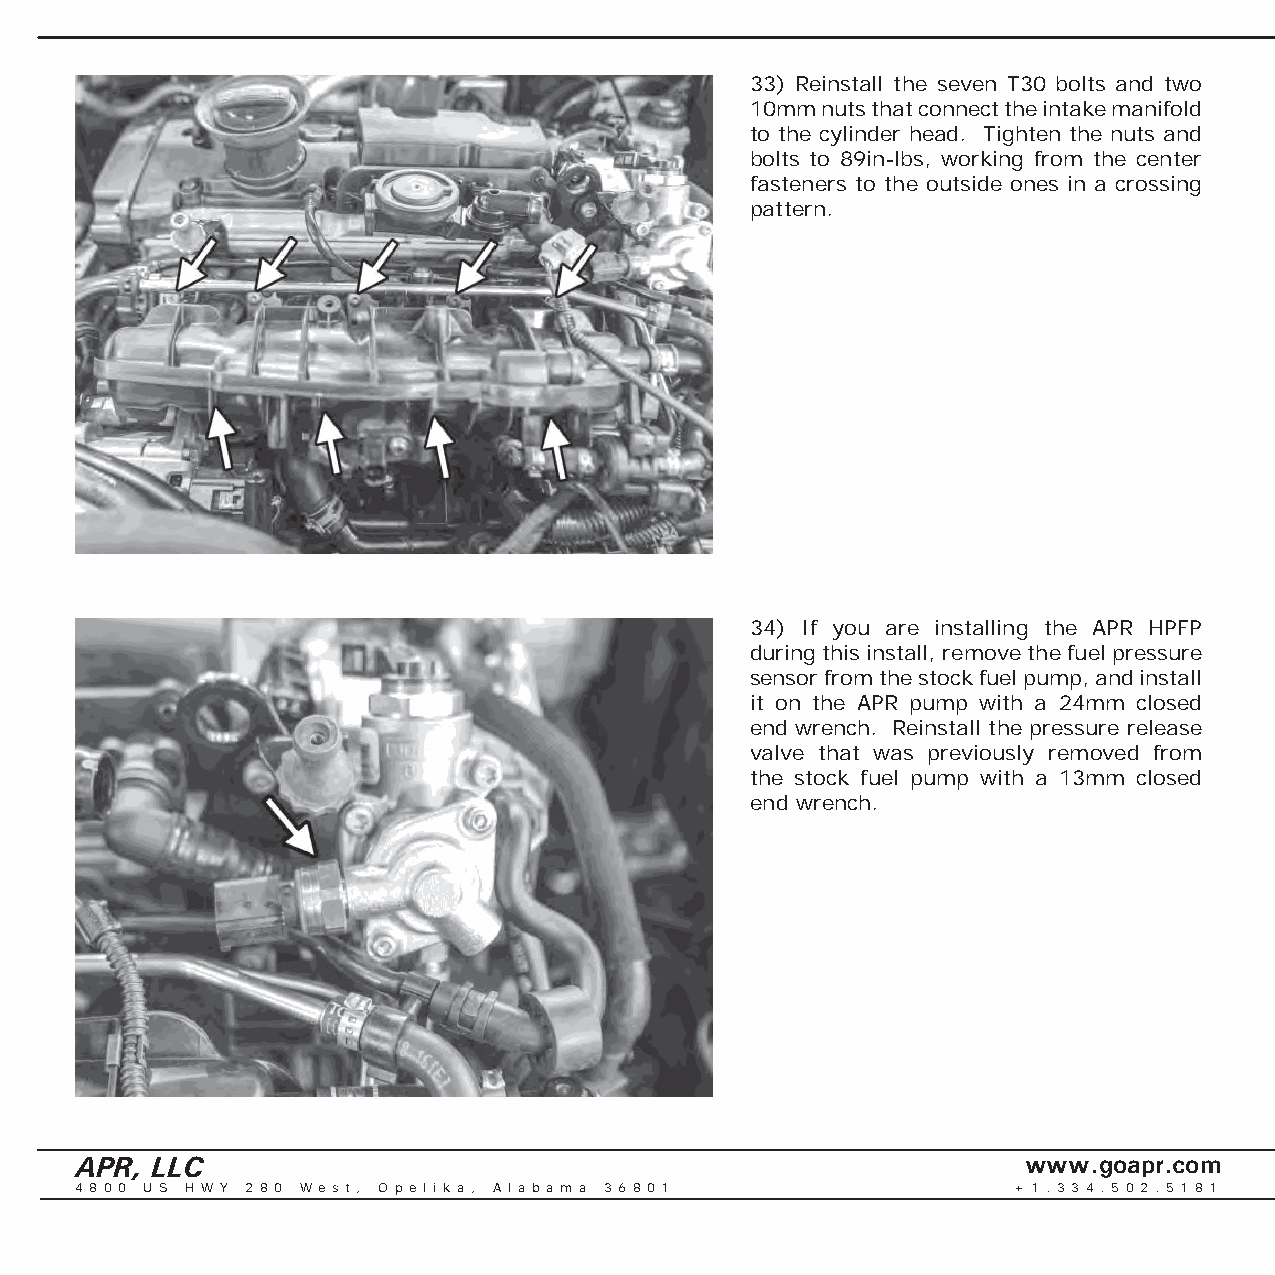
33) Reinstall the seven T30 bolts and two
 10mm nuts that connect the intake manifold
 to the cylinder head. Tighten the nuts and
 bolts to 89in-lbs, working from the center
 fasteners to the outside ones in a crossing
 pattern.
 34) If you are installing the APR HPFP
 during this install, remove the fuel pressure
 sensor from the stock fuel pump, and install
 it on the APR pump with a 24mm closed
 end wrench. Reinstall the pressure release
 valve that was previously removed from
 the stock fuel pump with a 13mm closed
 end wrench.
 APR, LLC                                                       www.goapr.com
 4 8 0 0 U S H W Y 2 8 0 We s t , O p e l i k a , A l a b a m a 3 6 8 0 1 + 1 . 3 3 4 . 5 0 2 . 5 1 8 1